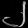
Digit: ၂